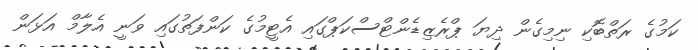
ކަމުގެ ރަތްބޮކި ނިމިގެން ދިޔަ ޕްރެޒިޑެންޓްސްކަޕްގައި އެޓީމުގެ ކަންފަތުގައި ވަނީ އެލާމް އަޅަން